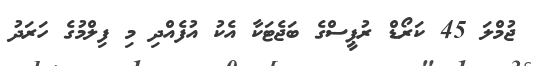
ޖުމްލަ 45 ކަރޯޑް ރުޕީސްގެ ބަޖެޓަކާ އެކު އުފެއްދި މި ފިލްމުގެ ހަރަދު